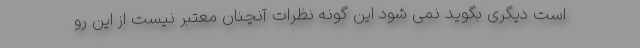
است دیگری بگوید نمی شود این گونه نظرات آنچنان معتبر نیست از این رو